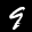
Label: 9